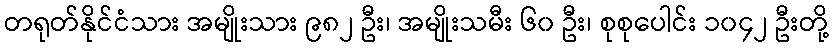
တရုတ်နိုင်ငံသား အမျိုးသား ၉၈၂ ဦး၊ အမျိုးသမီး ၆၀ ဦး၊ စုစုပေါင်း ၁၀၄၂ ဦးတို့